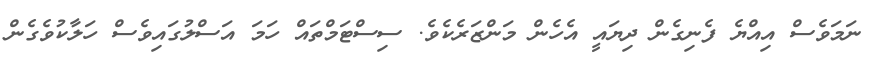
ނަމަވެސް އިއްޔެ ފެނިގެން ދިޔައީ އެހެން މަންޒަރެކެވެ. ސިސްޓަމްތައް ހަމަ އަސްލުގައިވެސް ހަލާކުވެގެން